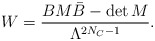
\begin{align*} W=\frac{B M \bar{B} - \det M}{\Lambda^{2 N_C -1}}.\end{align*}